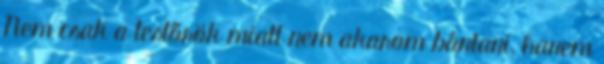
Nem csak a testőrök miatt nem akarom bántani, hanem